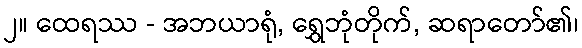
၂။ ထေရဿ - အဘယာရုံ, ရွှေဘုံတိုက်, ဆရာတော်၏၊